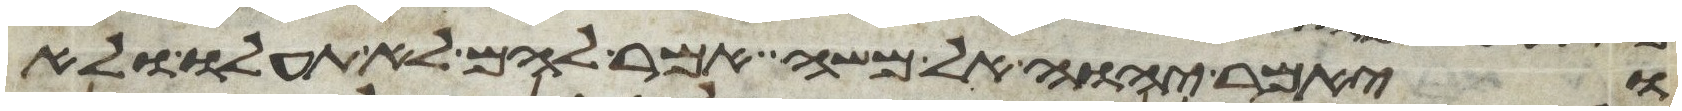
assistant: ויאמר יהוה אל משה אמר להם לא תעלו ולא